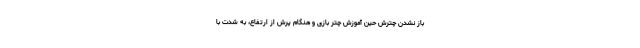
باز نشدن چترش حین آموزش چتر بازی و هنگام پرش از ارتفاع، به شدت با